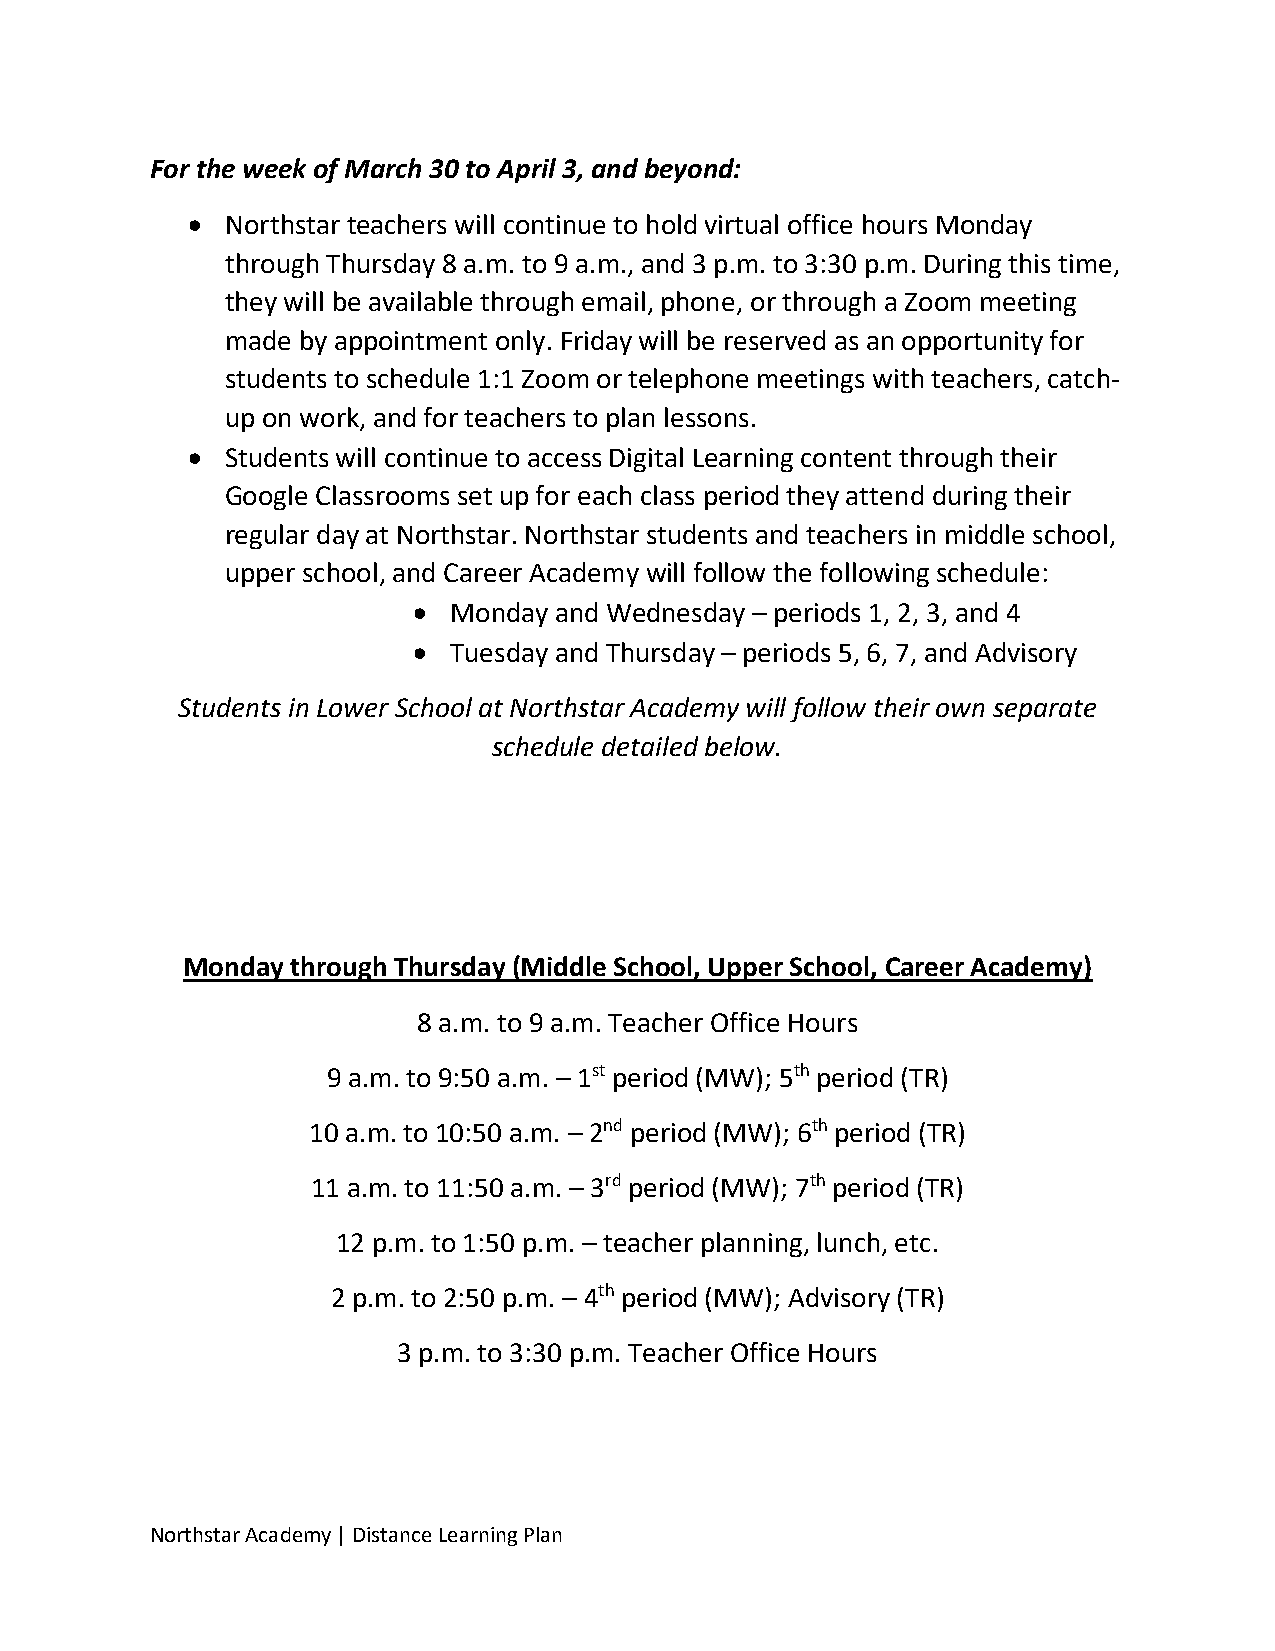
For the week of March 30 to April 3, and beyond:
   Northstar teachers will continue to hold virtual office hours Monday
 through Thursday 8 a.m. to 9 a.m., and 3 p.m. to 3:30 p.m. During this time,
 they will be available through email, phone, or through a Zoom meeting
 made by appointment only. Friday will be reserved as an opportunity for
 students to schedule 1:1 Zoom or telephone meetings with teachers, catch-
 up on work, and for teachers to plan lessons.
   Students will continue to access Digital Learning content through their
 Google Classrooms set up for each class period they attend during their
 regular day at Northstar. Northstar students and teachers in middle school,
 upper school, and Career Academy will follow the following schedule:
   Monday and Wednesday – periods 1, 2, 3, and 4
   Tuesday and Thursday – periods 5, 6, 7, and Advisory
 Students in Lower School at Northstar Academy will follow their own separate
 schedule detailed below.
 Monday through Thursday (Middle School, Upper School, Career Academy)
 8 a.m. to 9 a.m. Teacher Office Hours
 9 a.m. to 9:50 a.m. – 1st period (MW); 5th period (TR)
 10 a.m. to 10:50 a.m. – 2nd period (MW); 6th period (TR)
 11 a.m. to 11:50 a.m. – 3rd period (MW); 7th period (TR)
 12 p.m. to 1:50 p.m. – teacher planning, lunch, etc.
 2 p.m. to 2:50 p.m. – 4th period (MW); Advisory (TR)
 3 p.m. to 3:30 p.m. Teacher Office Hours
 Northstar Academy | Distance Learning Plan